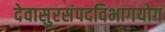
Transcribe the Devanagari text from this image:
देवासुरसंपदविभागयोग